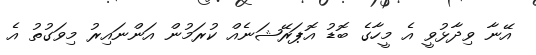
އޭނާ ވިދާޅުވީ އެ މީހާގެ ބޮޑު އޮޕަރޭޝަނެއް ކުރަމުން އަންނައިރު މިވަގުތު އެ